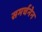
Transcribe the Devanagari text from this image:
समर्चनेन